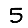
Digit: 5